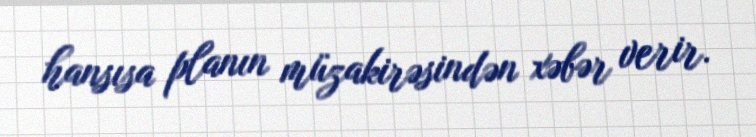
hansısa planın müzakirəsindən xəbər verir.